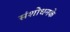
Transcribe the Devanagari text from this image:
संशोधनके